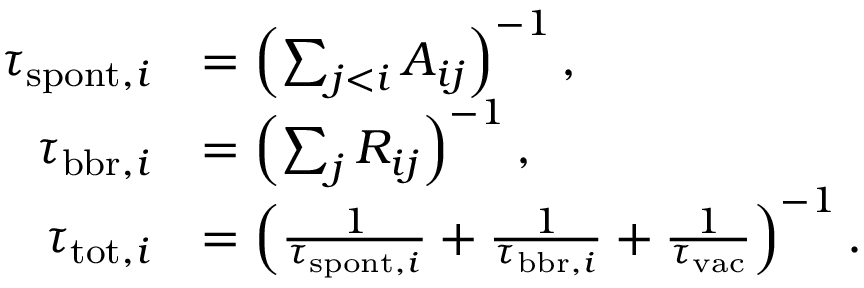
\begin{array} { r l } { \tau _ { \mathrm { s p o n t } , i } } & { = \left( \sum _ { j < i } A _ { i j } \right) ^ { - 1 } , } \\ { \tau _ { \mathrm { b b r } , i } } & { = \left( \sum _ { j } R _ { i j } \right) ^ { - 1 } , } \\ { \tau _ { \mathrm { t o t } , i } } & { = \left( \frac { 1 } { \tau _ { \mathrm { s p o n t } , i } } + \frac { 1 } { \tau _ { \mathrm { b b r } , i } } + \frac { 1 } { \tau _ { \mathrm { v a c } } } \right) ^ { - 1 } . } \end{array}